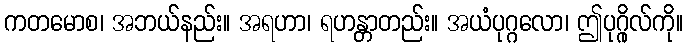
ကတမောစ၊ အဘယ်နည်း။ အရဟာ၊ ရဟန္တာတည်း။ အယံပုဂ္ဂလော၊ ဤပုဂ္ဂိုလ်ကို။